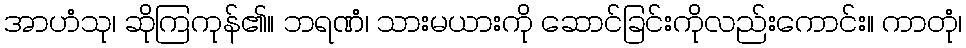
အာဟံသု၊ ဆိုကြကုန်၏။ ဘရဏံ၊ သားမယားကို ဆောင်ခြင်းကိုလည်းကောင်း။ ကာတုံ၊